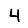
Digit: 4